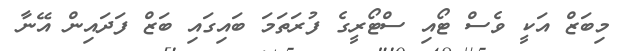
މިބަޒް އަކީ ވެސް ޓޯއި ސްޓޯރީގެ ފުރަތަމަ ބައިގައި ބަޒް ފަދައިން އޭނާ